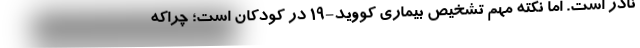
نادر است. اما نکته مهم تشخیص بیماری کووید-۱۹ در کودکان است؛ چراکه